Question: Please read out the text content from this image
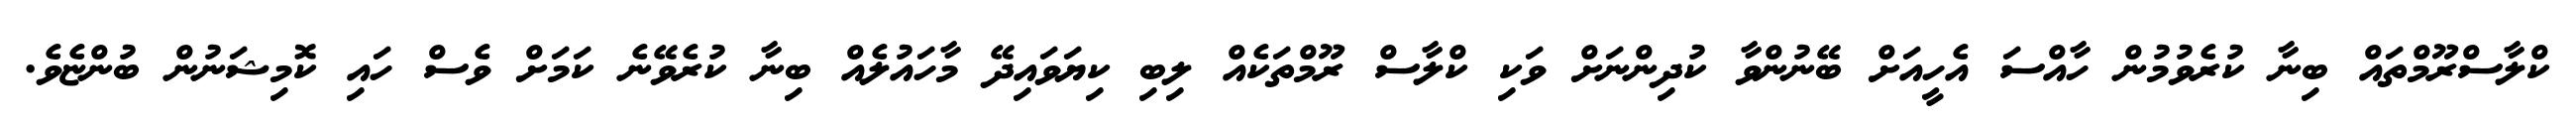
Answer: ކްލާސްރޫމްތައް ބިނާ ކުރެވުމުން ހާއްސަ އެހީއަށް ބޭނުންވާ ކުދިންނަށް ވަކި ކްލާސް ރޫމްތަކެއް ލިބި ކިޔަވައިދޭ މާހައުލެއް ބިނާ ކުރެވޭނެ ކަމަށް ވެސް ހައި ކޮމިޝަނުން ބުންޏެވެ.